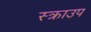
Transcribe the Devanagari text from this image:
स्क्राउप